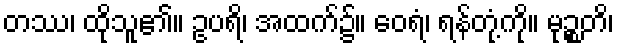
တဿ၊ ထိုသူ၏။ ဥပရိ၊ အထက်၌။ ဝေရံ၊ ရန်တုံ့ကို။ မုဉ္စတိ၊